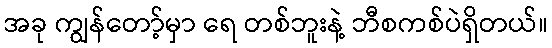
အခု ကျွန်တော့်မှာ ရေ တစ်ဘူးနဲ့ ဘီစကစ်ပဲရှိတယ်။